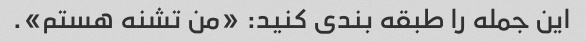
این جمله را طبقه بندی کنید: «من تشنه هستم».